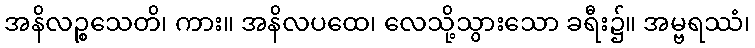
အနိလဉ္စသေတိ၊ ကား။ အနိလပထေ၊ လေသို့သွားသော ခရီး၌။ အမ္ဗရဿံ၊